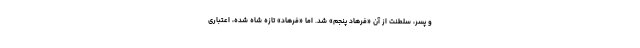
و پسر، سلطنت از آن «فرهاد پنجم» شد. اما «فرهاد»ِ تازه شاه شده، اعتباری